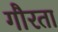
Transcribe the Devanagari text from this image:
गौरता